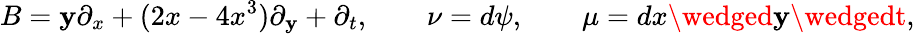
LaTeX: B=\mathbf{y}\partial_{x}+(2x-4x^{3})\partial_{\mathbf{y}}+\partial_{t},\qquad\nu=d\psi,\qquad\mu=dx\wedged\mathbf{y}\wedgedt,